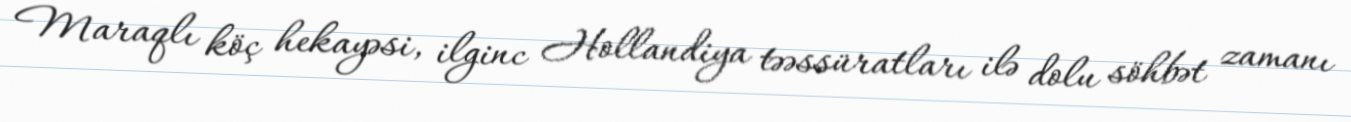
Maraqlı köç hekayəsi, ilginc Hollandiya təəssüratları ilə dolu söhbət zamanı